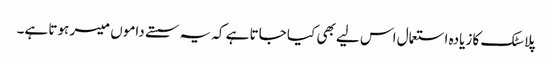
پلاسٹک کا زیادہ استعمال اس لیے بھی کیا جاتا ہے کہ یہ سستے داموں میسر ہوتا ہے۔